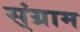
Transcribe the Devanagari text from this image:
स्ंग्राम